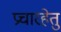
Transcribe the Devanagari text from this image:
प्रचारहेतु